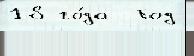
18 го́да  Год